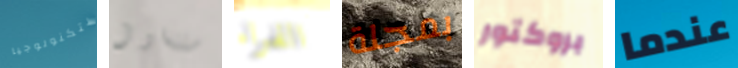
للتكنولوجيا ستتناول الفراء بمجلة بروكتور عندما